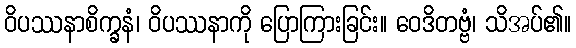
ဝိပဿနာစိက္ခနံ၊ ဝိပဿနာကို ပြောကြားခြင်း။ ဝေဒိတဗ္ဗံ၊ သိအပ်၏။